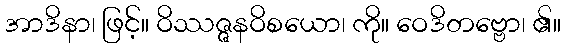
အာဒိနာ၊ ဖြင့်။ ဝိဿဇ္ဇနဝိစယော၊ ကို။ ဝေဒိတဗ္ဗော၊ ၏။